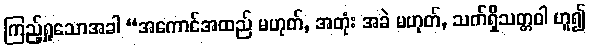
ကြည့်ရှုသောအခါ “အကောင်အထည် မဟုတ်, အတုံး အခဲ မဟုတ်, သက်ရှိသတ္တဝါ ဟူ၍